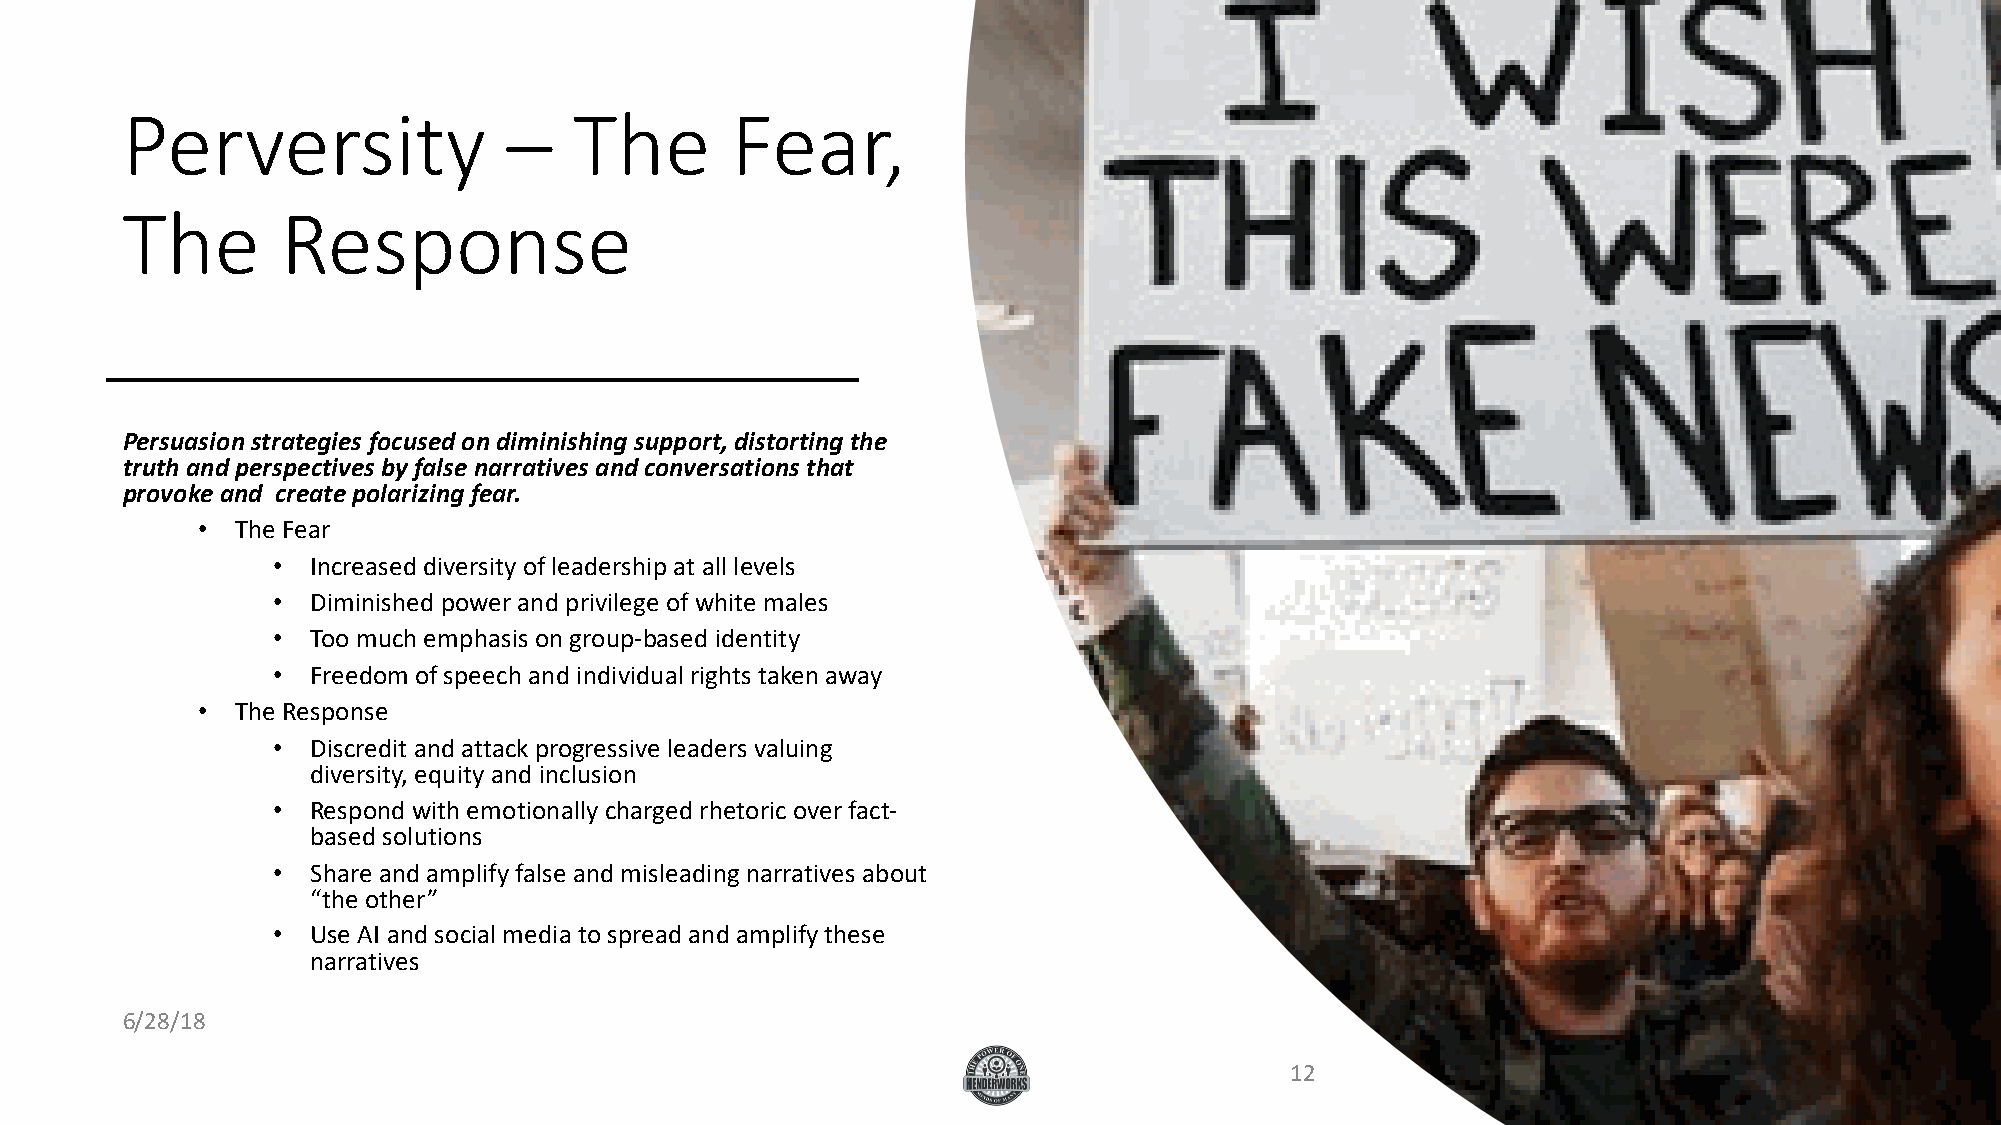
Perversity                –   The       Fear,
 The        Response
 Persuasion strategies focused on diminishing support, distorting the
 truth and perspectives by false narratives and conversations that
 provoke and create polarizing fear.
 •  The Fear
 •  Increased diversity of leadership at all levels
 •  Diminished power and privilege of white males
 •  Too much emphasis on group-based identity
 •  Freedom of speech and individual rights taken away
 •  The Response
 •  Discredit and attack progressive leaders valuing
 diversity, equity and inclusion
 •  Respond with emotionally charged rhetoric over fact-
 based solutions
 •  Share and amplify false and misleading narratives about
 “the other”
 •  Use AI and social media to spread and amplify these
 narratives
 6/28/18
 12